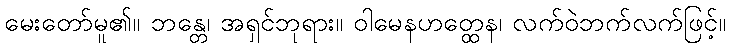
မေးတော်မူ၏။ ဘန္တေ၊ အရှင်ဘုရား။ ဝါမေနဟတ္ထေန၊ လက်ဝဲဘက်လက်ဖြင့်။